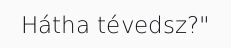
Hátha tévedsz?"